Vital statistics of India. Vol. V, Reports of 1876 on armies & jails and on epidemic cholera
Year: 1876
Disease focus: Cholera
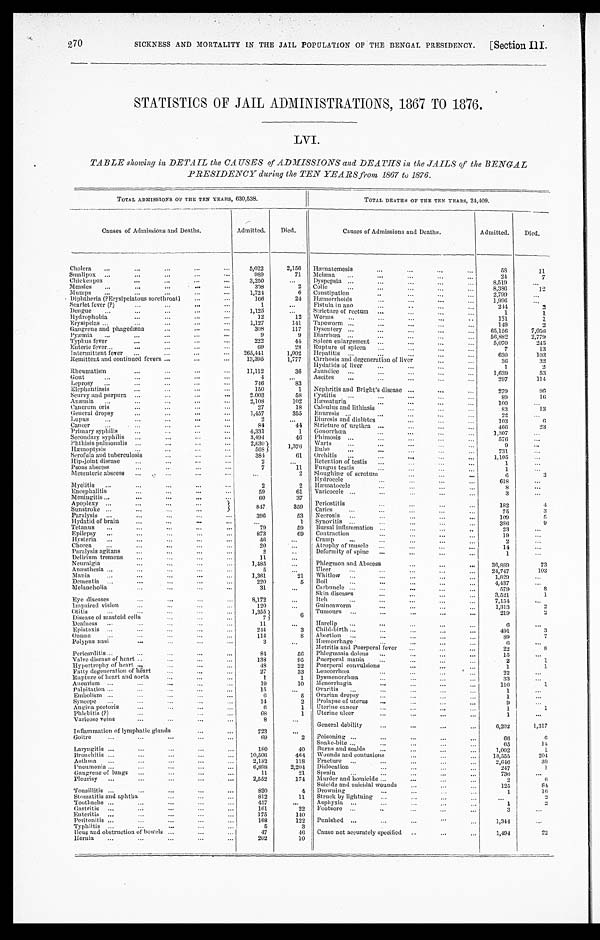
270
SICKNESS AND MORTALITY IN THE JAIL POPULATION OF THE BENGAL PRESIDENCY. [Section III.
STATISTICS OF JAIL ADMINISTRATIONS , 1867 TO 1876.
LVI.
TABLE showing in DETAIL the CAUSES of ADMISSIONS and DEATHS in the JAILS of the BENGAL
PRESI DENCY dur i ng t he TEN YEARS f r om 1867 t o 1876.
T O T A L A D M I S S I O N S O F T H E T E N Y E A R S ,
630,538.
TOTAL DEATHS OF THE TEN YEARS, 24, 409.
Causes of Admissions and Deaths.
Admitted. Died.
Causes of Admissions and Deaths.
Admitted. Died.
Cholera
5,022
2,156 Hæmatemesis
5 8
11
Smallpox
989
71 Melæna
2 4
7
Chickenpox
3,250
Dyspepsia
8,519
Measles
3 0 8
2 Colic
8, 386
1 2
Mumps
1, 724
6 Constipation
2,799
Diphtheria (? Erysipelatous sorethroat)
1 6 6
24 Hæmorrhoids
1,996
Scarlet fever (?)
1
Fistula in ano
244
2
Dengue
1,125
Stricture of rectum
1
1
Hydrophobia
12
12 Worms
131
1
Erysipelas
1, 127
141 Tapeworm
1 4 9
2
Gangrene and phagedæna
308
117 Dysentery
65, 156
7 , 0 5 6
Pyæmia
9
9 Diarrhœa
56,882
2,779
Typhus fever
222
44 Spleen enlargement
5,070
245
Enteric fever
69
28 Rupture of spleen
7
13
Intermittent fever
265, 441
1,002 Hepatitis
630
103
Remittent and continued fevers
13,395
1,777 Cirrhosis and degeneration of liver
36
3 2
Hydatids of liver
1
2
Rheumatism
11,112
36 Jaundice
1,639
53
Gout
4
Ascites
297
1 1 4
Leprosy
746
83
Elephantiasis
150
1 Nephritis and Bright' s disease
279
96
Scurvy and purpura
2, 003
58 Cystitis
89
1 6
Anæmia
2,108
102 Hæmaturia
100
Canerum oris
27
18 Calculus and lithiasis
83
13
General dropsy
1, 457
355 Enuresis
22
Lupus
2
Diuresis and diabetes
103
6
Cancer
84
44 Stricture of urethra
466
23
Primary syphilis
4,331
1 Gonorrhœa
1,307
Secondary syphilis
3, 494
46 Phimosis
5 7 6
Phthisis pulmonalis 2, 630
1 , 3 7 6 Warts
9
H æ m o p t y s i s
568
Bubo
731
Scrofula and tuberculosis
3 8 4
61 Orchitis
1,105
Hip-joint disease
2
Retention of testis
1
Psoas abscess
7
11 Fungus testis
1
Mesenteric abscess
2 Sloughing of scrotum
6
3
Hydrocele
618
Myelitis
2
2 Hæmatocele
8
Encephalitis
59
61 Varicocele
3
Meningitis
60
37
Apoplexy
8 4 7
359
Periostitis
182
4
Caries
75
3
Sunstroke Paralysis
3 9 6
53 Necrosis
1 0 9
5
Hydatid of brain
1 Synovitis
386
9
Tetanus
79
59 Bursal inflammation
23
Epilepsy
873
69 Contraction
1 9
Hysteria
46
Cramp
2
Chorea
20
Atrophy of muscle
14
Paralysis agitans
2
Deformity of spine
1
Delirium tremens
1 1
Neuralgia
1,485
Phlegmon and Abscess
30, 889
73
Anæsthesia
5
Ulcer
24,747
103
Mania
1,361
21 Whitlow
1,829
Dementia
220
5 Boil
4,437
Melancholia
31
Carbuncle
579
8
Skin diseases
3,521
1
Eye diseases
8,172
Itch
7, 154
Impaired vision
120
Guineaworm
1,313
2
Otitis
1,355
6 Tumours
219
2
Disease of mastoid cells
7
Deafness
11
Harelip
6
Epistaxis
2 4 4
3 Child-birth
491
3
Ozœna
1 1 4
8 Abortion
89
7
Polypus nasi
3
Hæmorrhage
6
Metritis and Puerperal fever
22
8
Pericarditis
84
56 Phlegmasia dolens
15
Valve disease of heart
138
95 Puerperal mania
2
1
Hypertrophy of heart
48
22 Puerperal convulsions
1
1
Fatty degeneration of heart
27
33 Leucorrhœa
22
Rupture of heart and aorta
1
1 Dysmenorrhœa
33
A n e u r i s m
19
10 Menorrhagia
116
1
Palpitation
15
Ovaritis
1
Embolism
6
5 Ovarian dropsy
1
Syncope
14
2 Prolapse of uterus
9
Angina pectoris
6
1 Uterine cancer
1
1
Phlebitis (?)
68
1 Uterine ulcer
1
Varicose veins
8
General debility
6 , 2 0 2
1,317
Inflammation of lymphatic glands
723
Goitre
69
2 Poisoning
66
6
Snake-bite
65
14
Laryngitis
180
40 Burns and scalds
1,002
1
Bronchitis
10, 506
464 Wounds and contusions
18, 555
2 0 4
Asthma
2,182
118 Fracture
2, 646
38
Pneumonia
6,898
2,204 Dislocation
247
1
Gangrene of lungs
11
21 Sprain
736
Pleurisy
2,552
174 Murder and homicide
2
6
Suicide and suicidal wounds
125
8 4
Tonsillitis
820
4 Drowning
1
1 6
Stomatitis and aphtha
812
11 Struck by lightning
2
Toothache
457
Asphyxia
1
2
G a s t r i t i s
161
22 Footsore
3
Enteritis
175
140
Peritonitis
168
122 Punished
1,344
Typhlitis
5
3
Heus and obstruction of bowels
47
4 6
Cause not accurately specified
1, 494
22
Hernia
202
10